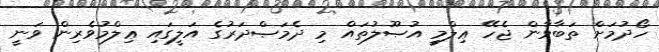
ހޯދުމަށް ތަބާވާން ޖެހޭ ޢިލްމީ އުޞޫލުތައް މި ދެމަޞްދަރުގެ އަލީގައި ޢިލްމުވެރިން ވަނީ